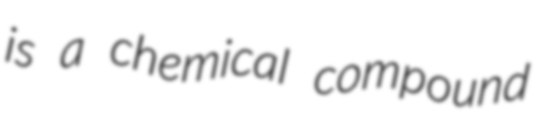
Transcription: is a chemical compound